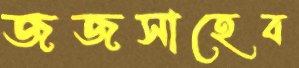
জজসাহেব